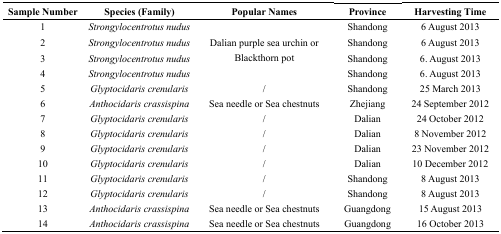
<table><thead><tr><td><b>Sample Number</b></td><td><b>Species (Family)</b></td><td><b>Popular Names</b></td><td><b>Province</b></td><td><b>Harvesting Time</b></td></tr></thead><tbody><tr><td>1</td><td><i>Strongylocentrotus nudus</i></td><td rowspan="4">Dalian purple sea urchin or Blackthorn pot</td><td>Shandong</td><td>6 August 2013</td></tr><tr><td>2</td><td><i>Strongylocentrotus nudus</i></td><td>Shandong</td><td>6 August 2013</td></tr><tr><td>3</td><td><i>Strongylocentrotus nudus</i></td><td>Shandong</td><td>6. August 2013</td></tr><tr><td>4</td><td><i>Strongylocentrotus nudus</i></td><td>Shandong</td><td>6. August 2013</td></tr><tr><td>5</td><td><i>Glyptocidaris crenularis</i></td><td>/</td><td>Shandong</td><td>25 March 2013</td></tr><tr><td>6</td><td><i>Anthocidaris crassispina</i></td><td>Sea needle or Sea chestnuts</td><td>Zhejiang</td><td>24 September 2012</td></tr><tr><td>7</td><td><i>Glyptocidaris crenularis</i></td><td>/</td><td>Dalian</td><td>24 October 2012</td></tr><tr><td>8</td><td><i>Glyptocidaris crenularis</i></td><td>/</td><td>Dalian</td><td>8 November 2012</td></tr><tr><td>9</td><td><i>Glyptocidaris crenularis</i></td><td>/</td><td>Dalian</td><td>23 November 2012</td></tr><tr><td>10</td><td><i>Glyptocidaris crenularis</i></td><td>/</td><td>Dalian</td><td>10 December 2012</td></tr><tr><td>11</td><td><i>Glyptocidaris crenularis</i></td><td>/</td><td>Shandong</td><td>8 August 2013</td></tr><tr><td>12</td><td><i>Glyptocidaris crenularis</i></td><td>/</td><td>Shandong</td><td>8 August 2013</td></tr><tr><td>13</td><td><i>Anthocidaris crassispina</i></td><td>Sea needle or Sea chestnuts</td><td>Guangdong</td><td>15 August 2013</td></tr><tr><td>14</td><td><i>Anthocidaris crassispina</i></td><td>Sea needle or Sea chestnuts</td><td>Guangdong</td><td>16 October 2013</td></tr></tbody></table>